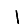
Digit: 1